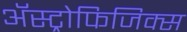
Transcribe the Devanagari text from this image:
ॲस्ट्रोफिजिक्स